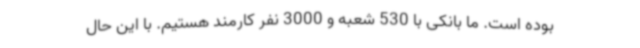
بوده است. ما بانکی با 530 شعبه و 3000 نفر کارمند هستیم. با این حال